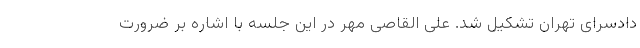
دادسرای تهران تشکیل شد. علی القاصی مهر در این جلسه با اشاره بر ضرورت